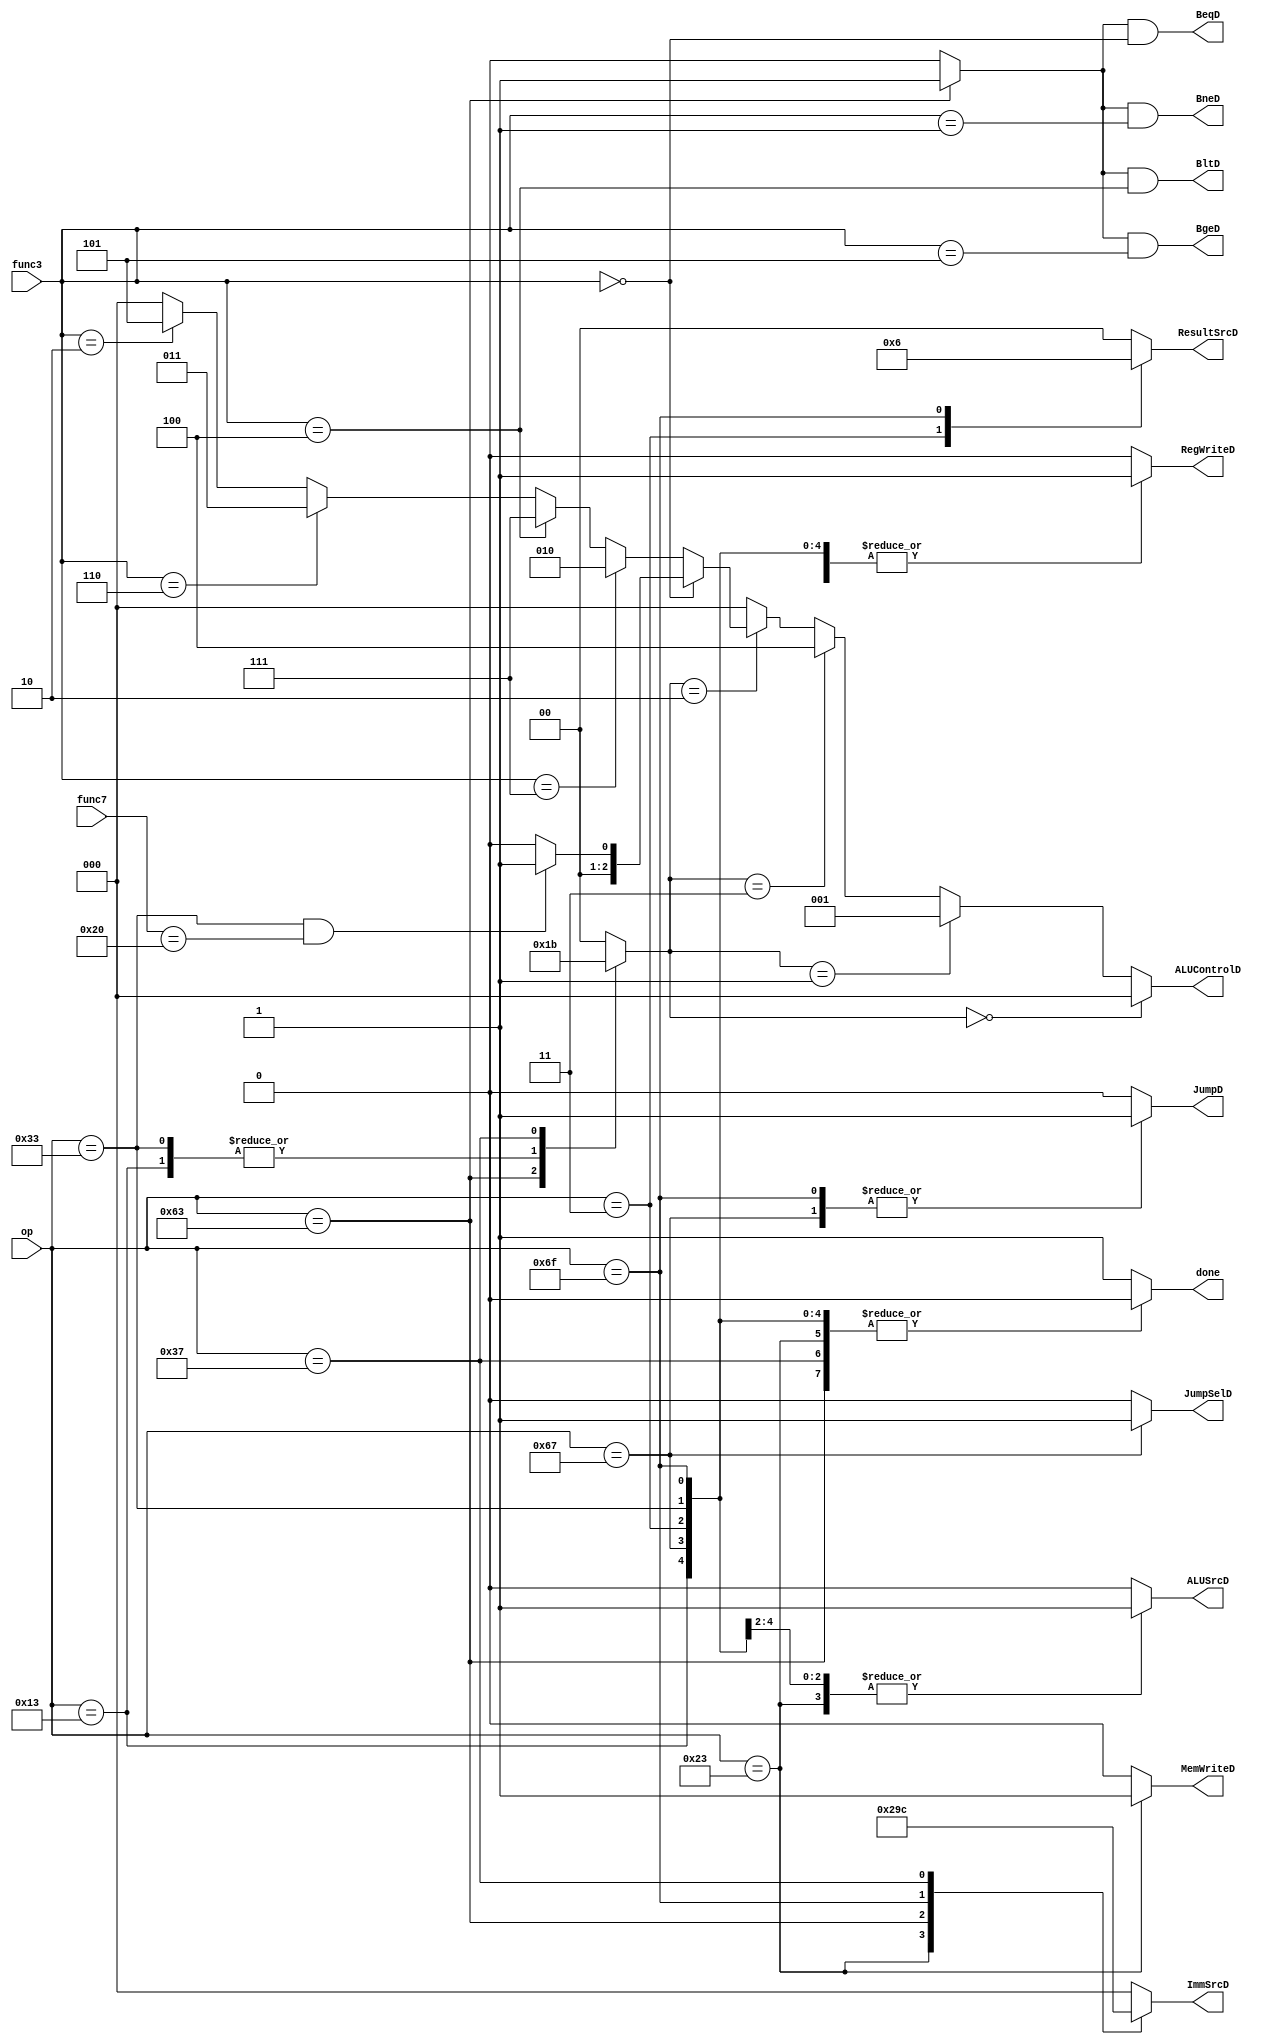
`define lw   7'b0000011
`define sw   7'b0100011
`define RT   7'b0110011
`define BT   7'b1100011
`define IT   7'b0010011
`define jalr 7'b1100111
`define jal  7'b1101111
`define lui  7'b0110111

module Controller(op, func3, func7, RegWriteD, ResultSrcD, MemWriteD, JumpSelD, JumpD, BeqD, BneD, BltD, BgeD, ALUControlD, ALUSrcD, ImmSrcD, done);
    // Input ports
    input [6:0] op, func7;
    input [2:0] func3;
    // Output ports
    output BeqD, BneD, BltD, BgeD;
    output reg MemWriteD, ALUSrcD, RegWriteD, JumpD, JumpSelD;
    output reg [1:0] ResultSrcD;
    output reg [2:0] ImmSrcD;
    output [2:0] ALUControlD;
    output reg done;
    // Wire and regs
    reg[1:0] aluOp;
    reg branch;

    assign BeqD = branch & (func3 == 3'b000);
    assign BneD = branch & (func3 == 3'b001);
    assign BltD = branch & (func3 == 3'b100);
    assign BgeD = branch & (func3 == 3'b101);

    assign ALUControlD = 
        (aluOp == 2'b00) ? 3'b000 :
        (aluOp == 2'b01) ? 3'b001 :
        (aluOp == 2'b11) ? 3'b100 :
        (aluOp == 2'b10) ? 
        (func3 == 3'b000) ? ((op == `RT & func7 == 7'b0100000) ? 3'b001 : 3'b000) :
        (func3 == 3'b111) ? 3'b010 :
        (func3 == 3'b100) ? 3'b111 :
        (func3 == 3'b110) ? 3'b011 :
        (func3 == 3'b010) ? 3'b101 : 3'b000 : 3'b000;



    always@(op, func3, func7) begin
        {ResultSrcD, aluOp, ImmSrcD, MemWriteD, ALUSrcD, RegWriteD, JumpSelD, JumpD, branch, done} = 14'd0;

        case(op)
            `lw:   begin RegWriteD = 1; ALUSrcD = 1; ResultSrcD = 2'b01; end
            `sw:   begin ImmSrcD = 3'b001; ALUSrcD = 1; MemWriteD = 1; end
            `RT:   begin RegWriteD = 1; aluOp = 2'b10; end
            `BT:   begin ImmSrcD = 3'b010; branch = 1; aluOp = 2'b01; end
            `IT:   begin RegWriteD = 1; ALUSrcD = 1; aluOp = 2'b10; end
            `jal:  begin RegWriteD = 1; ImmSrcD = 3'b011; ResultSrcD = 2'b10; JumpD = 1; end
            `jalr: begin RegWriteD = 1; ALUSrcD = 1; JumpD = 1; JumpSelD = 1; end
            `lui:  begin RegWriteD = 1; ImmSrcD = 3'b100; aluOp = 2'b11; end
            default: done = 1;
        endcase

    end

endmodule